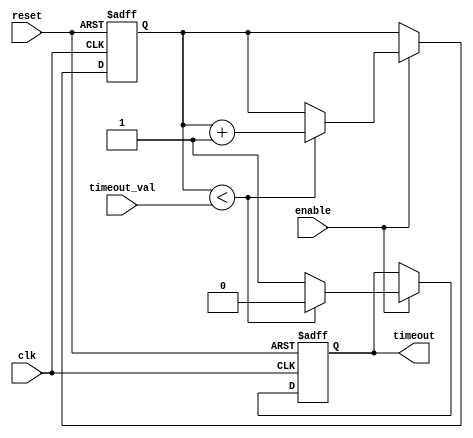
module timeout_counter (
    input wire clk,               // Clock input
    input wire reset,             // Asynchronous reset input
    input wire enable,            // Enable input
    input wire [7:0] timeout_val, // Time-out value (8-bit)
    output reg timeout            // Time-out output signal
);

    reg [7:0] counter;            // 8-bit counter

    // Asynchronous reset and counter logic
    always @(posedge clk or posedge reset) begin
        if (reset) begin
            counter <= 8'b0;      // Reset counter to zero
            timeout <= 1'b0;      // Clear timeout signal
        end else if (enable) begin
            if (counter < timeout_val) begin
                counter <= counter + 1; // Increment counter
                timeout <= 1'b0;         // Clear timeout signal
            end else begin
                timeout <= 1'b1;         // Assert timeout signal
            end
        end
    end

endmodule